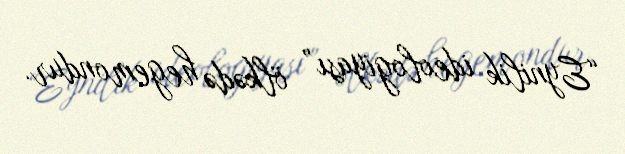
“Eynilik ideologiyası” ölkədə hegemondur.